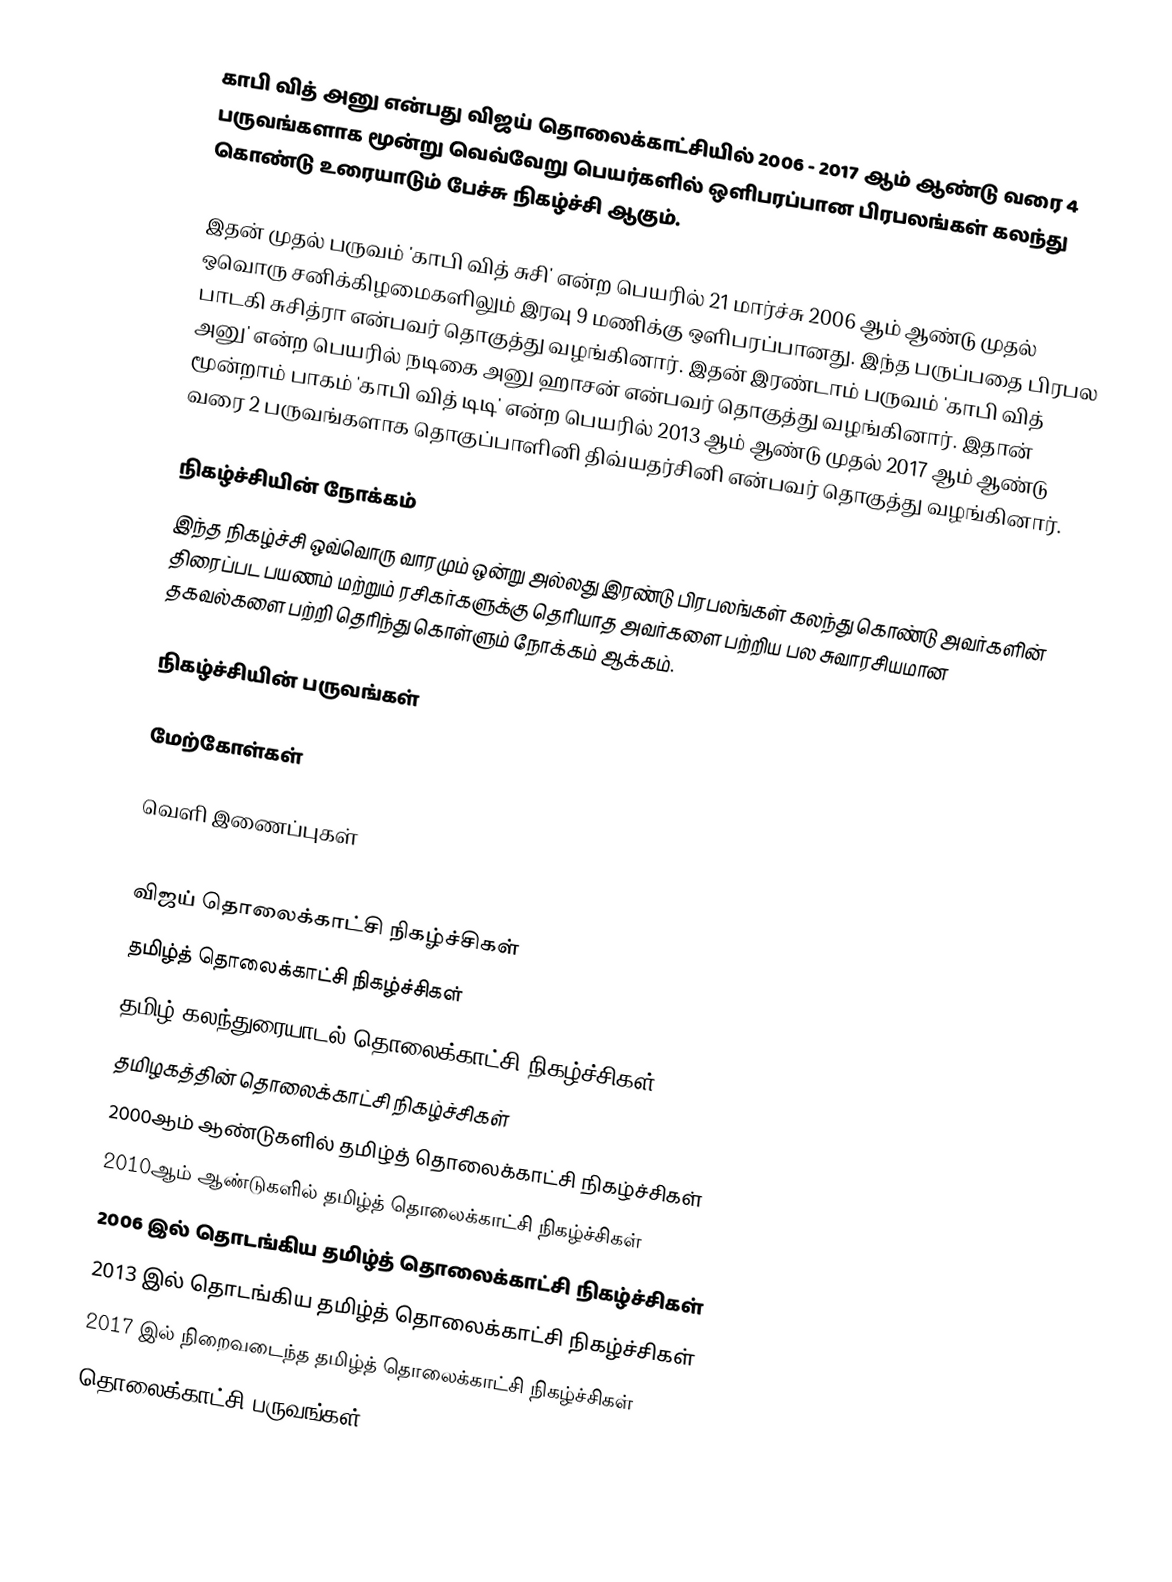
காபி வித் அனு என்பது விஜய் தொலைக்காட்சியில் 2006 - 2017 ஆம் ஆண்டு வரை 4 பருவங்களாக மூன்று வெவ்வேறு பெயர்களில் ஒளிபரப்பான பிரபலங்கள் கலந்து கொண்டு உரையாடும் பேச்சு நிகழ்ச்சி ஆகும்.

இதன் முதல் பருவம் 'காபி வித் சுசி' என்ற பெயரில் 21 மார்ச்சு 2006 ஆம் ஆண்டு முதல் ஒவொரு சனிக்கிழமைகளிலும் இரவு 9 மணிக்கு ஒளிபரப்பானது. இந்த பருப்பதை பிரபல பாடகி சுசித்ரா என்பவர் தொகுத்து வழங்கினார். இதன் இரண்டாம்  பருவம் 'காபி வித் அனு' என்ற பெயரில் நடிகை அனு ஹாசன் என்பவர் தொகுத்து வழங்கினார். இதான் மூன்றாம் பாகம் 'காபி வித் டிடி' என்ற பெயரில் 2013 ஆம் ஆண்டு முதல் 2017 ஆம் ஆண்டு வரை 2 பருவங்களாக தொகுப்பாளினி திவ்யதர்சினி என்பவர் தொகுத்து வழங்கினார்.

நிகழ்ச்சியின் நோக்கம்
இந்த நிகழ்ச்சி ஒவ்வொரு வாரமும் ஒன்று அல்லது இரண்டு பிரபலங்கள் கலந்து கொண்டு அவர்களின் திரைப்பட பயணம் மற்றும் ரசிகர்களுக்கு தெரியாத அவர்களை பற்றிய பல சுவாரசியமான தகவல்களை பற்றி தெரிந்து கொள்ளும் நோக்கம் ஆக்கம்.

நிகழ்ச்சியின் பருவங்கள்

மேற்கோள்கள்

வெளி இணைப்புகள்

விஜய் தொலைக்காட்சி நிகழ்ச்சிகள்
தமிழ்த் தொலைக்காட்சி நிகழ்ச்சிகள்
தமிழ் கலந்துரையாடல் தொலைக்காட்சி நிகழ்ச்சிகள்
தமிழகத்தின் தொலைக்காட்சி நிகழ்ச்சிகள்
2000ஆம் ஆண்டுகளில் தமிழ்த் தொலைக்காட்சி நிகழ்ச்சிகள்
2010ஆம் ஆண்டுகளில் தமிழ்த் தொலைக்காட்சி நிகழ்ச்சிகள்
2006 இல் தொடங்கிய தமிழ்த் தொலைக்காட்சி நிகழ்ச்சிகள்
2013 இல் தொடங்கிய தமிழ்த் தொலைக்காட்சி நிகழ்ச்சிகள்
2017 இல் நிறைவடைந்த தமிழ்த் தொலைக்காட்சி நிகழ்ச்சிகள்
தொலைக்காட்சி பருவங்கள்